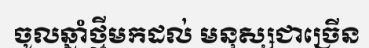
ចូលឆ្នាំថ្មីមកដល់ មនុស្សជាច្រើន